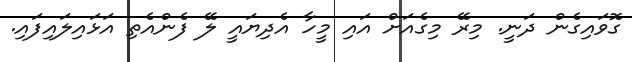
ގޮވައިގެން ދަނީ. މިރޭ މިގެއަށް އައި މީހާ އެދިޔައީ ލޭ ފެންއެތި އަޅައިލައިފައި.